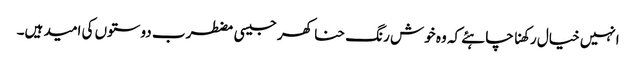
انہیں خیال رکھنا چاہئے کہ وہ خوش رنگ حنا کھر جیسی مضطرب دوستوں کی امید ہیں۔